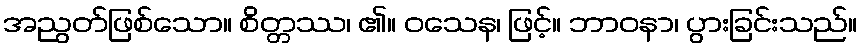
အညွတ်ဖြစ်သော။ စိတ္တဿ၊ ၏။ ဝသေန၊ ဖြင့်။ ဘာဝနာ၊ ပွားခြင်းသည်။